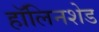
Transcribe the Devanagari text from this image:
हॉलिनशेड